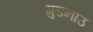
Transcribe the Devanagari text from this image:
गुडनाउ